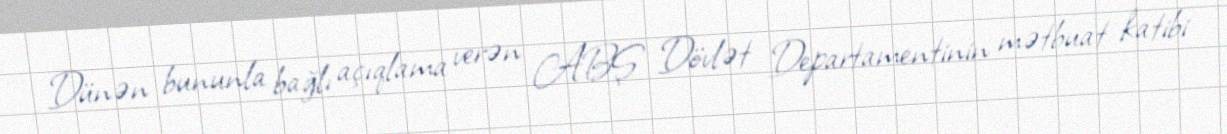
Dünən bununla bağlı açıqlama verən ABŞ Dövlət Departamentinin mətbuat katibi